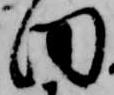
田